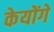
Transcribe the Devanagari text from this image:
केयोंगे